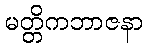
မတ္တိကဘာဇနာ